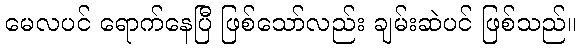
မေလပင် ရောက်နေပြီ ဖြစ်သော်လည်း ချမ်းဆဲပင် ဖြစ်သည်။